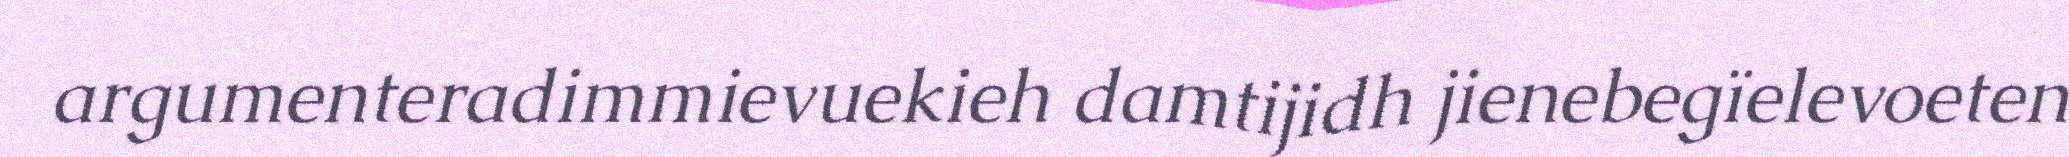
argumenteradimmievuekieh damtijidh jienebegïelevoeten